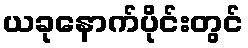
ယခုနောက်ပိုင်းတွင်